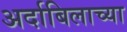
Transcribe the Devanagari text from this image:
अर्दाबिलाच्या